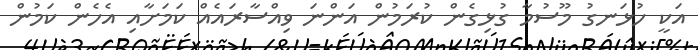
އަކީ ހުޅަނގު މޫސުމާ ގުޅިގެން ކުރަމުން އަންނަ ވިއްސާރައެއް ކަމަށާއި އެހެން ކަމުން